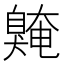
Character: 𫇌